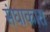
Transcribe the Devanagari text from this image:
संघाकारा